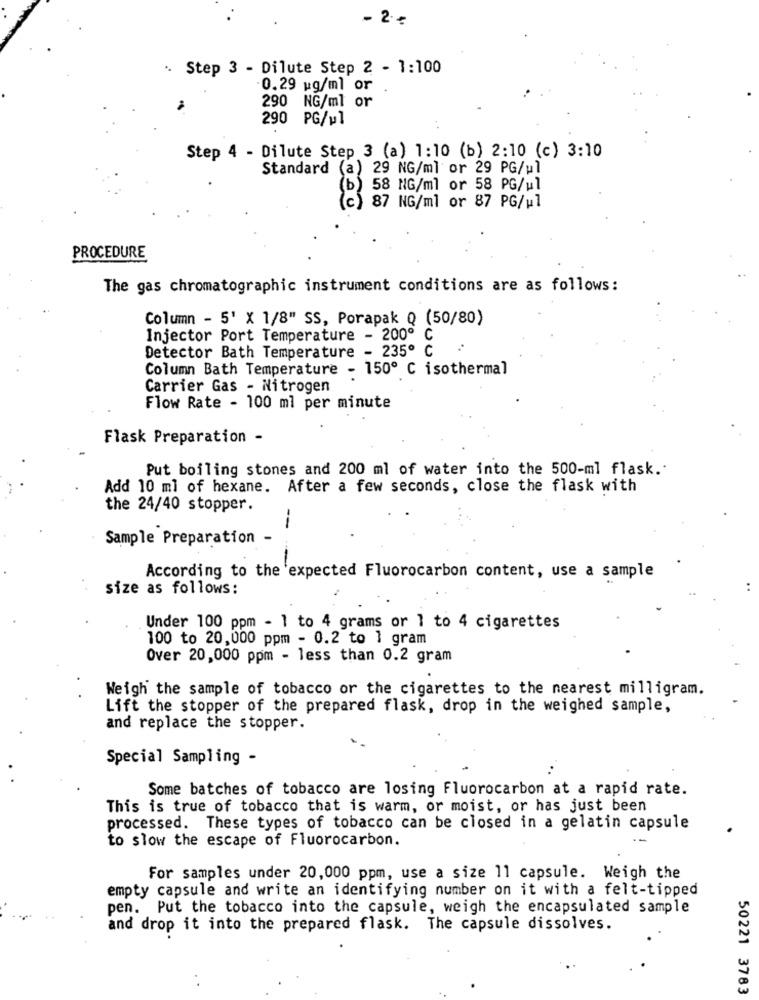
.. Step 3 - Dilute Step 2 - 1:100
0.29 pg/ml or
290 NG/ml or
290 PG/wl
Step 4 - Dilute Step 3 (a) 1:10 (b) 2:10 (c) 3:10
Standard (a) 29 NG/ml or 29 PG/ul
(b)
58 NG/ml or 58 PG/ul
c 87 NG/ml or 87 PG/ul
PROCEDURE
The gas chromatographic instrument conditions are as follows:
Column - 5' X 1/8" SS, Porapak Q (50/80)
Injector Port Temperature - 200º C
Detector Bath Temperature - 235º C
Column Bath Temperature - 150º C isothermal
Carrier Gas - Nitrogen
Flow Rate - 100 ml per minute
Flask Preparation -
Put boiling stones and 200 ml of water into the 500-ml flask."
Add 10 ml of hexane. After a few seconds, close the flask with
the 24/40 stopper.
--
Sample Preparation -
According to the expected Fluorocarbon content, use a sample
size as follows:
..
Under 100 ppm - 1 to 4 grams or 1 to 4 cigarettes
100 to 20,000 ppm - 0.2 to 1 gram
Over 20,000 ppm - less than 0.2 gram
Weigh the sample of tobacco or the cigarettes to the nearest milligram.
Lift the stopper of the prepared flask, drop in the weighed sample,
and replace the stopper.
Special Sampling -
Some batches of tobacco are losing Fluorocarbon at a rapid rate.
This is true of tobacco that is warm, or moist, or has just been
processed. These types of tobacco can be closed in a gelatin capsule
to slow the escape of Fluorocarbon.
For samples under 20,000 ppm, use a size 11 capsule. Weigh the
empty capsule and write an identifying number on it with a felt-tipped
pen. Put the tobacco into the capsule, weigh the encapsulated sample
and drop it into the prepared flask. The capsule dissolves.
50221 3783